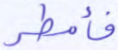
فأمطر